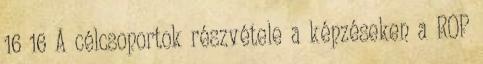
16 16 A célcsoportok részvétele a képzéseken a ROP